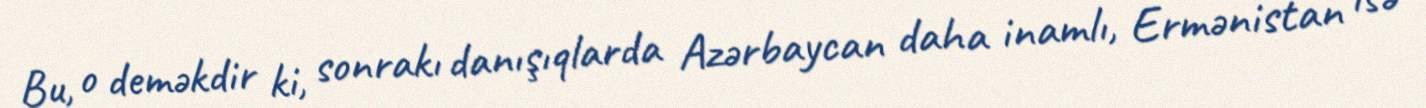
Bu, o deməkdir ki, sonrakı danışıqlarda Azərbaycan daha inamlı, Ermənistan isə